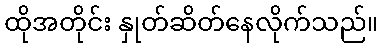
ထိုအတိုင်း နှုတ်ဆိတ်နေလိုက်သည်။